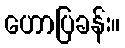
ဟောပြခန်း။